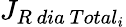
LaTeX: {J}_{R\ dia\ Total_{i}}